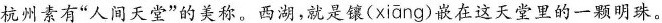
杭州素有”人间天堂”的美称。西湖，就是镶(xiāng)嵌在这天堂里的一颗明珠。